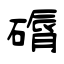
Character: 磭